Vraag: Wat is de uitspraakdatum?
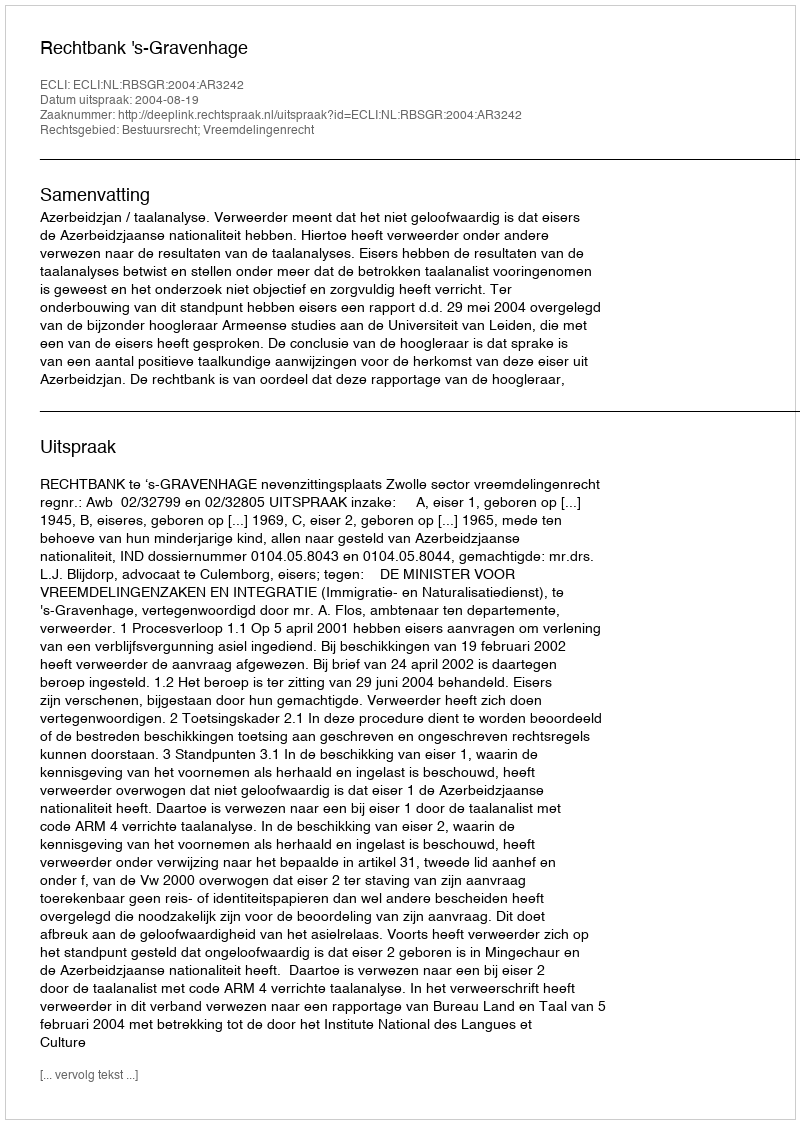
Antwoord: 2004-08-19